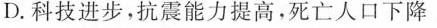
D.科技进步，抗震能力提高，死亡人口下降